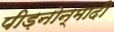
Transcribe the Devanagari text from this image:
पीड़नोन्मादी